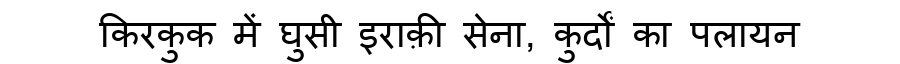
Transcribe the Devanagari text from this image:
किरकुक में घुसी इराक़ी सेना, कुर्दों का पलायन